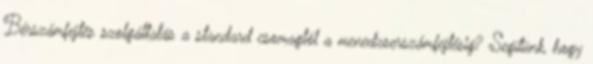
Bérszámfejtés szolgáltatás a standard csomagtól a menedzserszámfejtésig? Segítünk, hogy